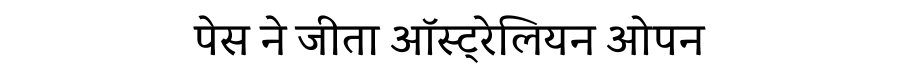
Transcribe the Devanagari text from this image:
पेस ने जीता ऑस्ट्रेलियन ओपन